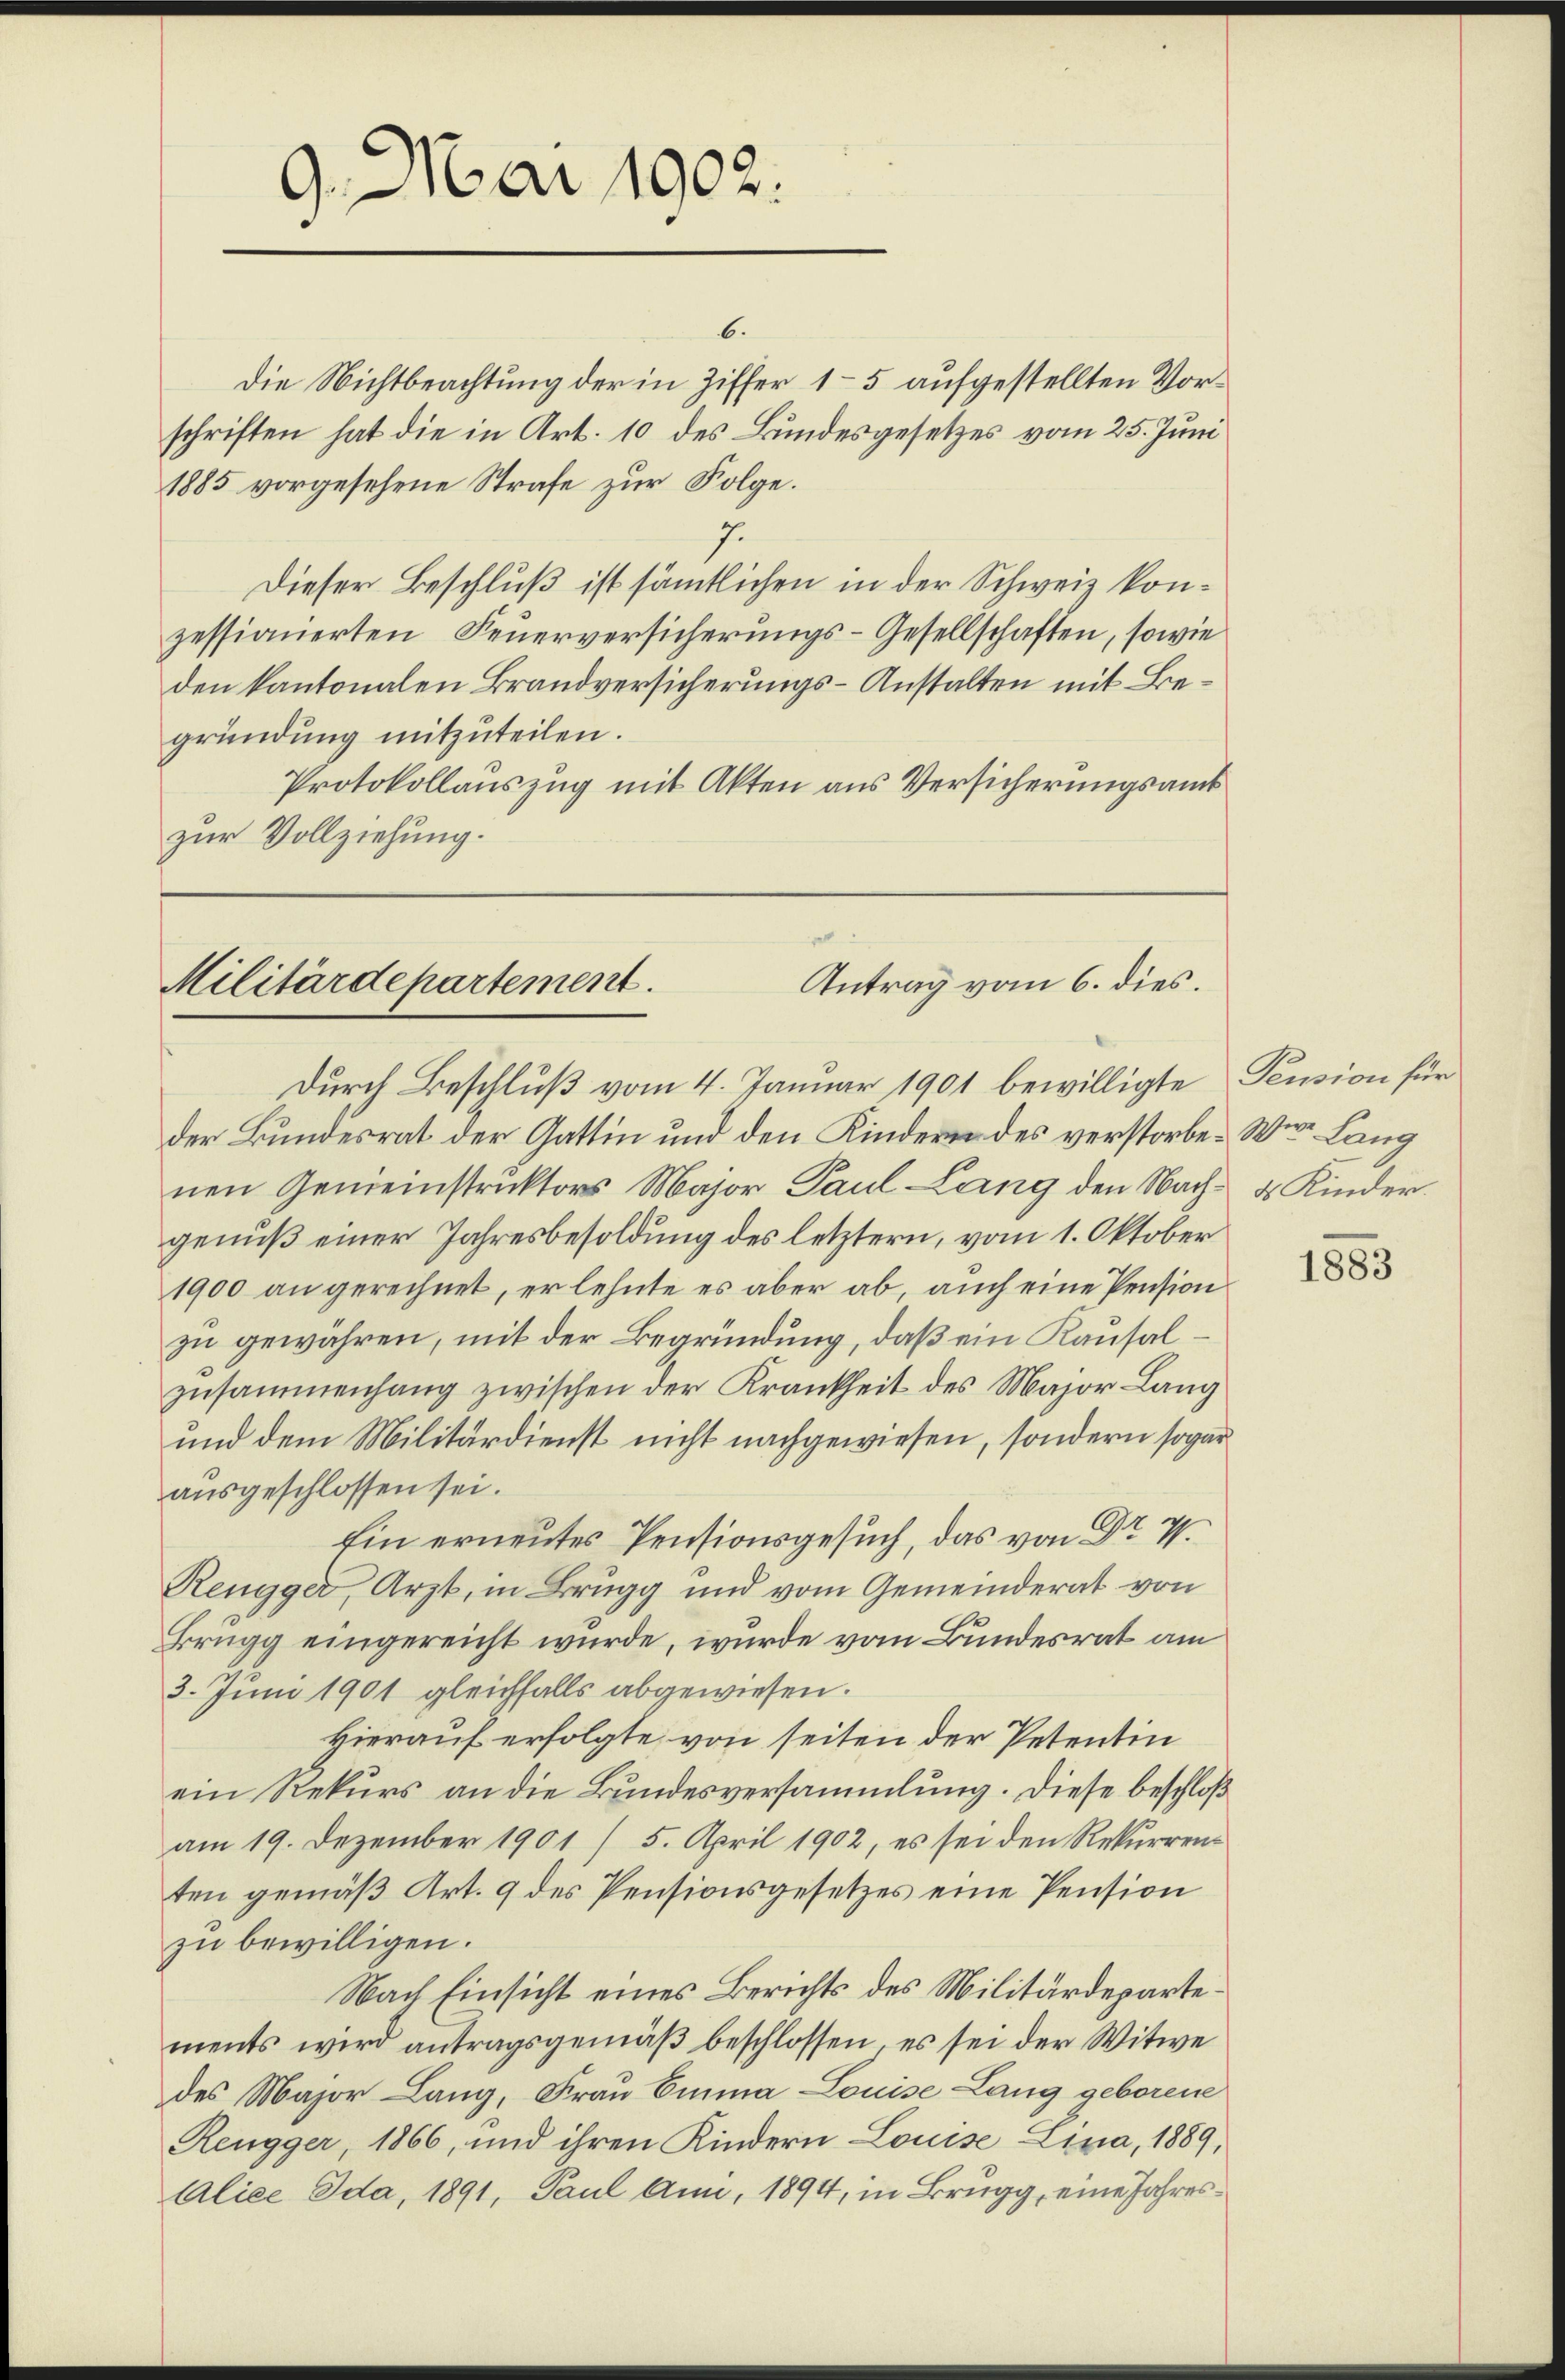
9. Mai 1902.

6.
Die Nichtbeachtung der in Ziffer 1–5 aufgestellten Vorschriften hat die in Art. 10 des Bundesgesetzes vom 25. Juni
1885 vorgesehene Strafe zur Folge.
7.
Dieser Beschluß ist sämmtlichen in der Schweiz konzessionierten Feuerversicherungs-Gesellschaften, sowie
den kantonalen Brandversicherungs-Anstalten mit Begründung mitzŭteilen.
Protokollauszug mit Akten aus Versicherungsamt
zur Vollziehung.

e
Antrag vom 6. dies.
Militärdepartement.
durch Beschluß vom 4. Januar 1901 bewilligte Pension für

der Bundesrat der Gattin und den Kindern des verstorbe- Wie Lang
nen Gemeinstruktors Major Paul Lang den Nach- & Kinder.
genuß einer Jahresbesoldung des letztern, vom 1. Oktober
1900 an gerechnet, er lehnte es aber ab, auch eine Pension
zu gewähren, mit der Begründung, daß ein Kausalzusammenhang zwischen der Krankheit des Major Lang
und dem Militärdienst nicht nachgewiesen, sondern sogar
ausgeschlossen sei.
Ein erneutes Pensionsgesuch, das von Dr V.
Rengger, Arzt, in Brugg und vom Gemeinderat von
Brugg eingereicht wurde, wurde vom Bundesrat am
3. Juni 1901 gleichfalls abgewiesen.
Hierauf erfolgte von seiten der Petentin
ein Rekurs an die Bundesversammlung. Diese beschloß
am 19. Dezember 1901 / 5. April 1902, es sei den Rekurrenten gemäß Art. 9 des Pensionsgesetzes eine Pension
zu bewilligen.
Nach Einsicht eines Berichts des Militärdepartements wird antragsgemäβ beschlossen, es sei der Witwe
des Major Lang, Frau Emma Louise Lang geborene
Rengger, 1866, und ihren Kindern Louise Lina, 1889,
Alice Ida, 1891, Paul Ann, 1894, in Brugg, eine Jahres¬

1883